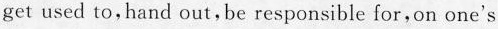
get used to,hand out,be responsible for,on one's